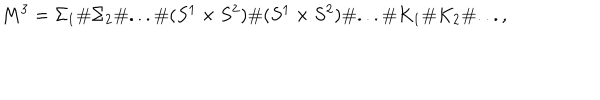
M ^ { 3 } = { \Sigma _ { 1 } } \# { \Sigma _ { 2 } } \# . . . \# ( S ^ { 1 } \times S ^ { 2 } ) \# ( S ^ { 1 } \times S ^ { 2 } ) \# . . . \# K _ { 1 } \# K _ { 2 } \# . . . ,